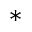
^ { * }